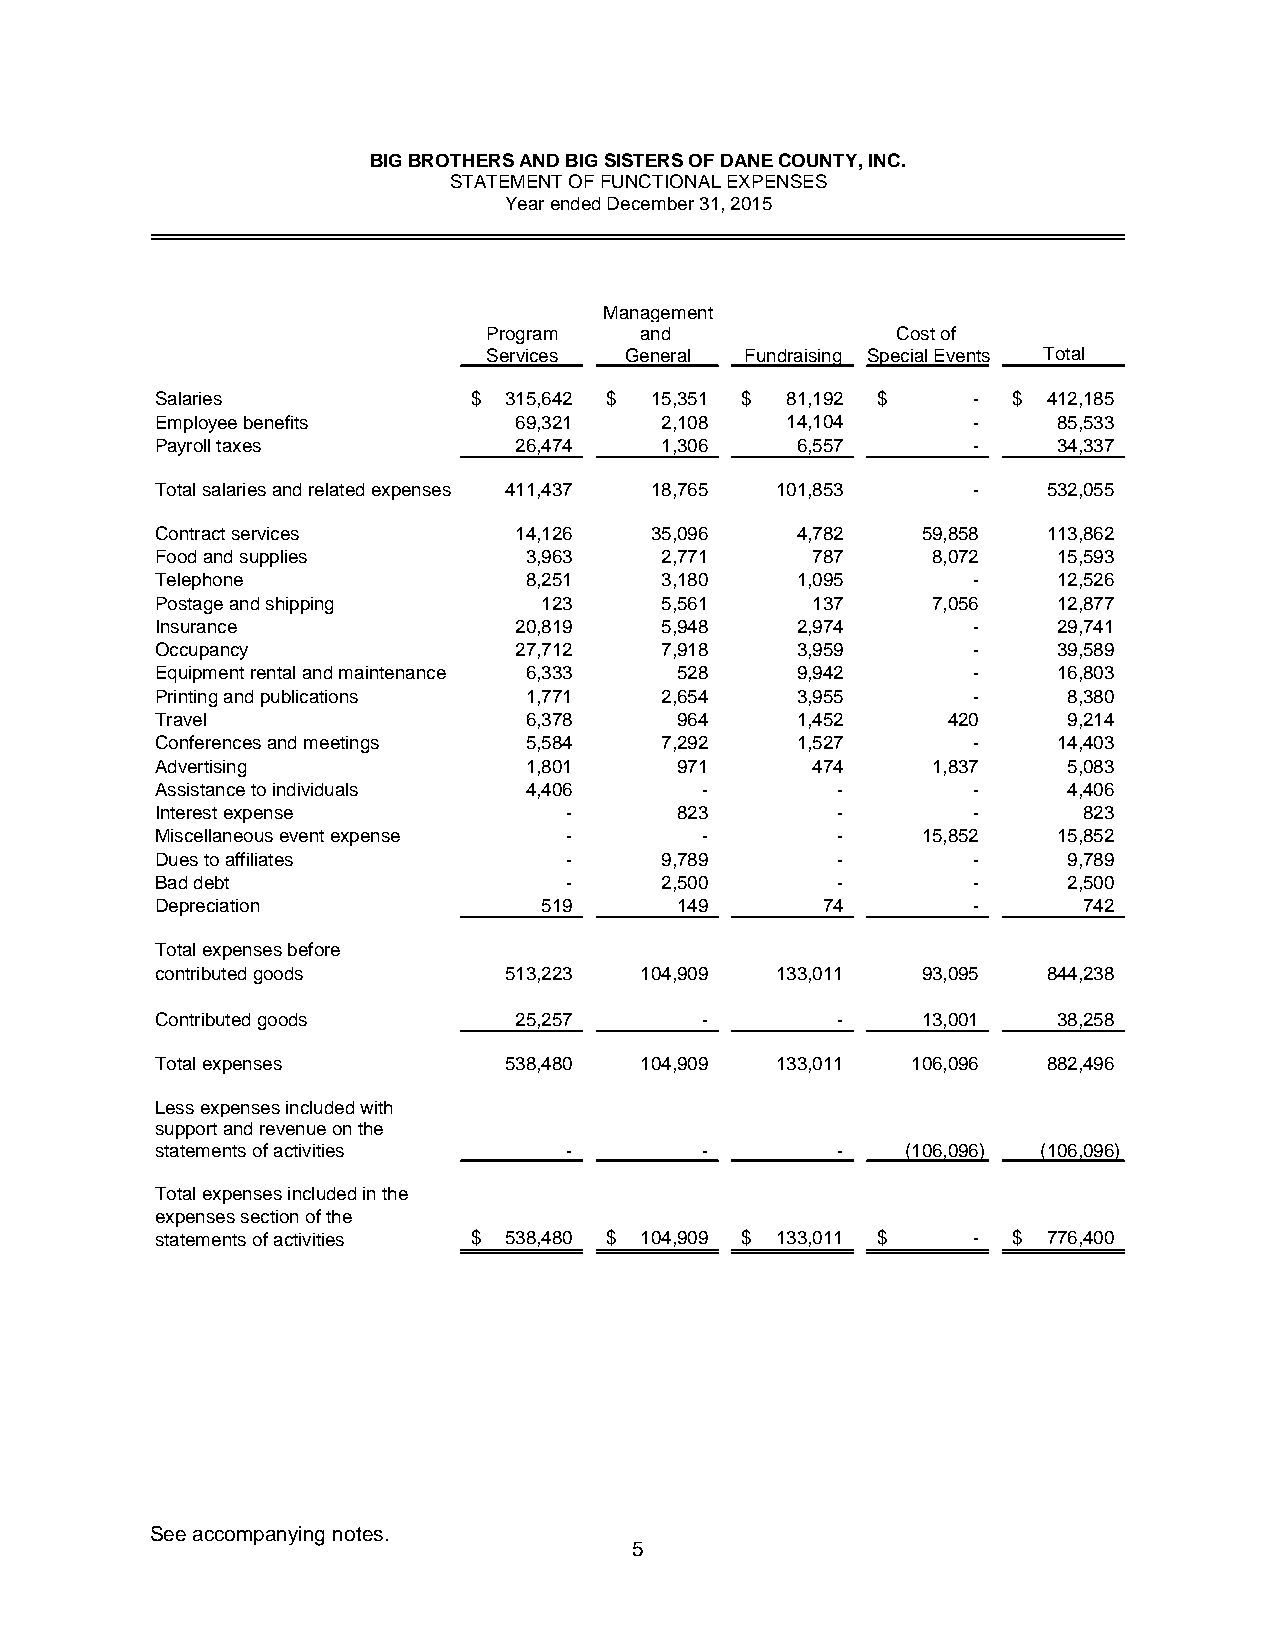
BIG BROTHERS AND BIG SISTERS OF DANE COUNTY, INC.
 STATEMENT OF FUNCTIONAL EXPENSES
 Year ended December 31, 2015
 Management
 Program   and              Cost of
 Services General Fundraising Special Events Total
 Salaries             $ 315,642 $ 15,351 $ 81,192 $    -  $ 412,185
 Employee benefits       69,321    2,108   14,104      -     85,533
 Payroll taxes           26,474    1,306    6,557      -     34,337
 Total salaries and related expenses 411,437 18,765 101,853 - 532,055
 Contract services       14,126   35,096    4,782   59,858  113,862
 Food and supplies        3,963    2,771     787     8,072   15,593
 Telephone                8,251    3,180    1,095      -     12,526
 Postage and shipping      123     5,561     137     7,056   12,877
 Insurance               20,819    5,948    2,974      -     29,741
 Occupancy               27,712    7,918    3,959      -     39,589
 Equipment rental and maintenance 6,333 528 9,942      -     16,803
 Printing and publications 1,771   2,654    3,955      -      8,380
 Travel                   6,378     964     1,452     420     9,214
 Conferences and meetings 5,584    7,292    1,527      -     14,403
 Advertising              1,801     971      474     1,837    5,083
 Assistance to individuals 4,406     -        -        -      4,406
 Interest expense           -       823       -        -       823
 Miscellaneous event expense -       -        -     15,852   15,852
 Dues to affiliates         -      9,789      -        -      9,789
 Bad debt                   -      2,500      -        -      2,500
 Depreciation              519      149      74        -       742
 Total expenses before
 contributed goods      513,223  104,909  133,011   93,095  844,238
 Contributed goods       25,257      -        -     13,001   38,258
 Total expenses         538,480  104,909  133,011  106,096  882,496
 Less expenses included with
 support and revenue on the
 statements of activities   -        -        -    (106,096) (106,096)
 Total expenses included in the
 expenses section of the
 statements of activities $ 538,480 $ 104,909 $ 133,011 $ - $ 776,400
 See accompanying notes.
 5